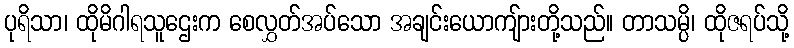
ပုရိသာ၊ ထိုမိဂါရသူဌေးက စေလွှတ်အပ်သော အချင်းယောကျ်ားတို့သည်။ တာသမ္ပိ၊ ထိုဇရပ်သို့